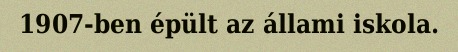
1907-ben épült az állami iskola.